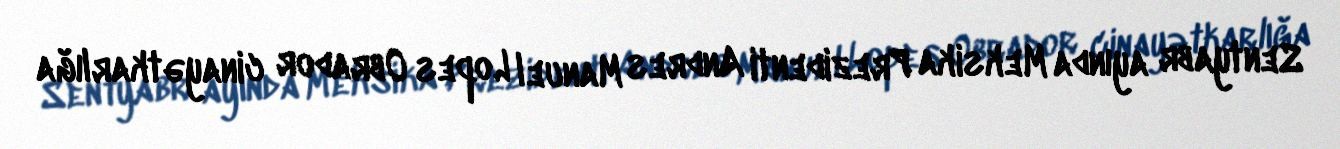
Sentyabr ayında Meksika Prezidenti Andres Manuel Lopes Obrador cinayətkarlığa